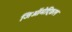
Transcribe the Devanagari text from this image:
जिऑमेट्रिकल